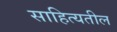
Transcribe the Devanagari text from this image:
साहित्यतील